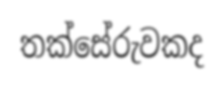
තක්සේරුවකද